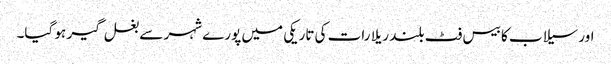
اور سیلاب کا بیس فٹ بلند ریلا رات کی تاریکی میں پورے شہر سے بغل گیر ہو گیا۔